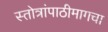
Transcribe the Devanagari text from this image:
स्तोत्रांपाठीमागचा